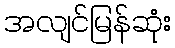
အလျင်မြန်ဆုံး